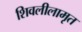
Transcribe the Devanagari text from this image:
शिवलीलामृत